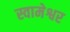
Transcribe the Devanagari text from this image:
स्वामेश्वर